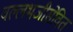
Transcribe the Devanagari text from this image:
वल्लभजीसेवित